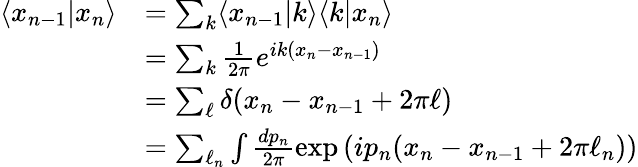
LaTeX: \begin{array}{rl}{\langle x_{n-1}|x_{n}\rangle}&{=\sum_{k}\langle x_{n-1}|k\rangle\langle k|x_{n}\rangle}\\ &{=\sum_{k}\frac{1}{2\pi}e^{ik(x_{n}-x_{n-1})}}\\ &{=\sum_{\ell}\delta(x_{n}-x_{n-1}+2\pi\ell)}\\ &{=\sum_{\ell_{n}}\int\frac{dp_{n}}{2\pi}\exp\left(ip_{n}(x_{n}-x_{n-1}+2\pi\ell_{n})\right)}\end{array}